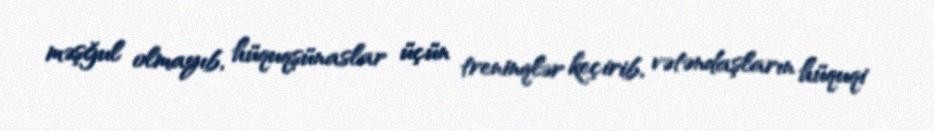
məşğul olmayıb, hüquqşünaslar üçün treninqlər keçirib, vətəndaşların hüquqi